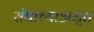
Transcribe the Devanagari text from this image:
संघाच्याअमृत